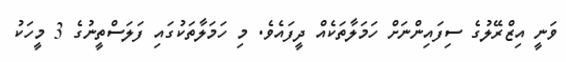
ވަނީ އިޒްރޭލުގެ ސިފައިންނަށް ހަމަލާތަކެއް ދީފައެވެ. މި ހަމަލާތަކުގައި ފަލަސްތީނުގެ 3 މީހަކު